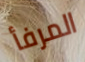
المرفأ